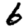
Digit: 6